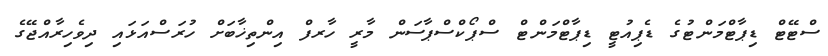
ސްޓޭޓް ޑިޕާޓްމަންޓުގެ ޑެޕިއުޓީ ޑިޕާޓްމަންޓް ސްޕޯކްސްޕާސަން މާރީ ހާރފް އިންތިޚާބަށް ހުރަސްއަޅައި ދިވެހިރާއްޖޭގެ